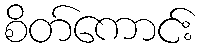
စိတ်ကောင်း